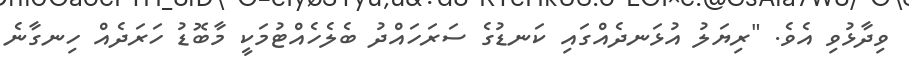
ވިދާޅުވި އެވެ. "ރިޔަލު އުޅަނދެއްގައި ކަނޑުގެ ސަރަހައްދު ބެލެހެއްޓުމަކީ މާބޮޑު ހަރަދެއް ހިނގާނެ